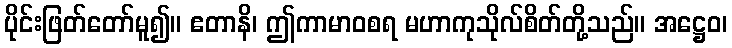
ပိုင်းဖြတ်တော်မူ၍။ ဧတာနိ၊ ဤကာမာဝစရ မဟာကုသိုလ်စိတ်တို့သည်။ အဋ္ဌေဝ၊